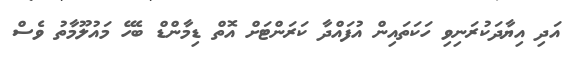
އަދި އިޔާދަކުރަނިވި ހަކަތައިން އުފައްދާ ކަރަންޓަށް އޮތް ޑިމާންޑް ބެހޭ މައުލޫމާތު ވެސް